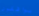
يوافقون